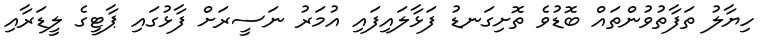
ހިޔާލު ތަފާތުވުންތައް ބޮޑުވެ ތޮށިގަނޑު ފަޅާލައިފައި އުމަރު ނަސީރަށް ފާޅުގައި ޕާޓީގެ ލީޑަރާއި